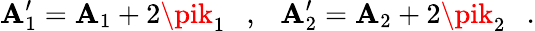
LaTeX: \mathbf{A}_{1}^{\prime}=\mathbf{A}_{1}+2\pik_{1}\ \ \ ,\ \ \ \mathbf{A}_{2}^{\prime}=\mathbf{A}_{2}+2\pik_{2}\ \ \ .